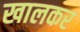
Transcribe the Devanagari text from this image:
खालकर